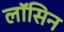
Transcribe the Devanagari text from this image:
लॉसिन